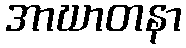
အာဃာတနာ